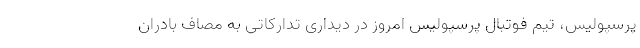
پرسپولیس، تیم فوتبال پرسپولیس امروز در دیداری تدارکاتی به مصاف بادران